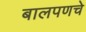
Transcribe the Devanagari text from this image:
बालपणचे